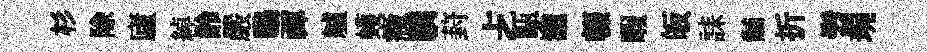
杉除廬綽齡嚴鷗禈艫蠖癥驕葑𠧒甌瀧輟暇皈誄黼折髫琬